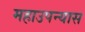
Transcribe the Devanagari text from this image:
महाउपन्यास